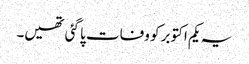
یہ یکم اکتوبر کو وفات پا گئی تھیں۔